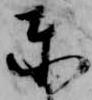
東